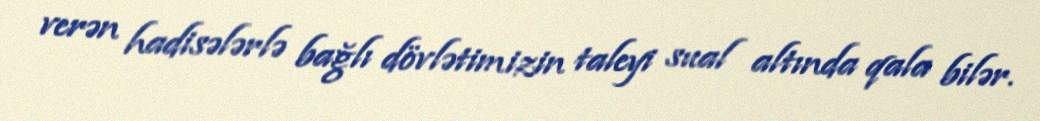
verən hadisələrlə bağlı dövlətimizin taleyi sual altında qala bilər.